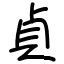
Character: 貞